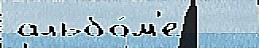
альбо́м'е